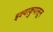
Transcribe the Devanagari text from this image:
इक्ष्वाकुपासून